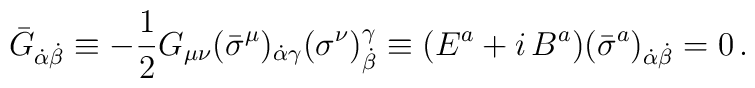
\bar G_{\dot \alpha\dot\beta} \equiv-\frac 12G_{\mu\nu}(\bar\sigma^{\mu})_{\dot\alpha\gamma}(\sigma^{\nu})^\gamma_{\dot\beta} \equiv  ({E}^a +i\,{B}^a)({\bar \sigma}^a)_{\dot\alpha\dot\beta}=0\, .